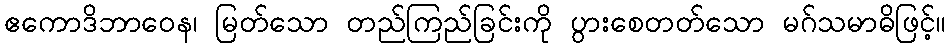
ဧကောဒိဘာဝေန၊ မြတ်သော တည်ကြည်ခြင်းကို ပွားစေတတ်သော မဂ်သမာဓိဖြင့်။